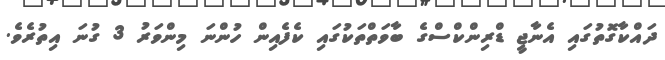
ދައްކާގޮތުގައި އެނާޖީ ޑްރިންކްސްގެ ބާވަތްތަކުގައި ކެފެއިން ހުންނަ މިންވަރު 3 ގުނަ އިތުރެވެ.